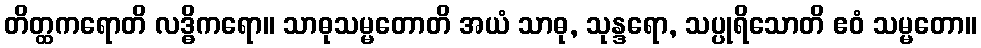
တိတ္ထကရောတိ လဒ္ဓိကရော။ သာဓုသမ္မတောတိ အယံ သာဓု, သုန္ဒရော, သပ္ပုရိသောတိ ဧဝံ သမ္မတော။